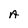
Character: A